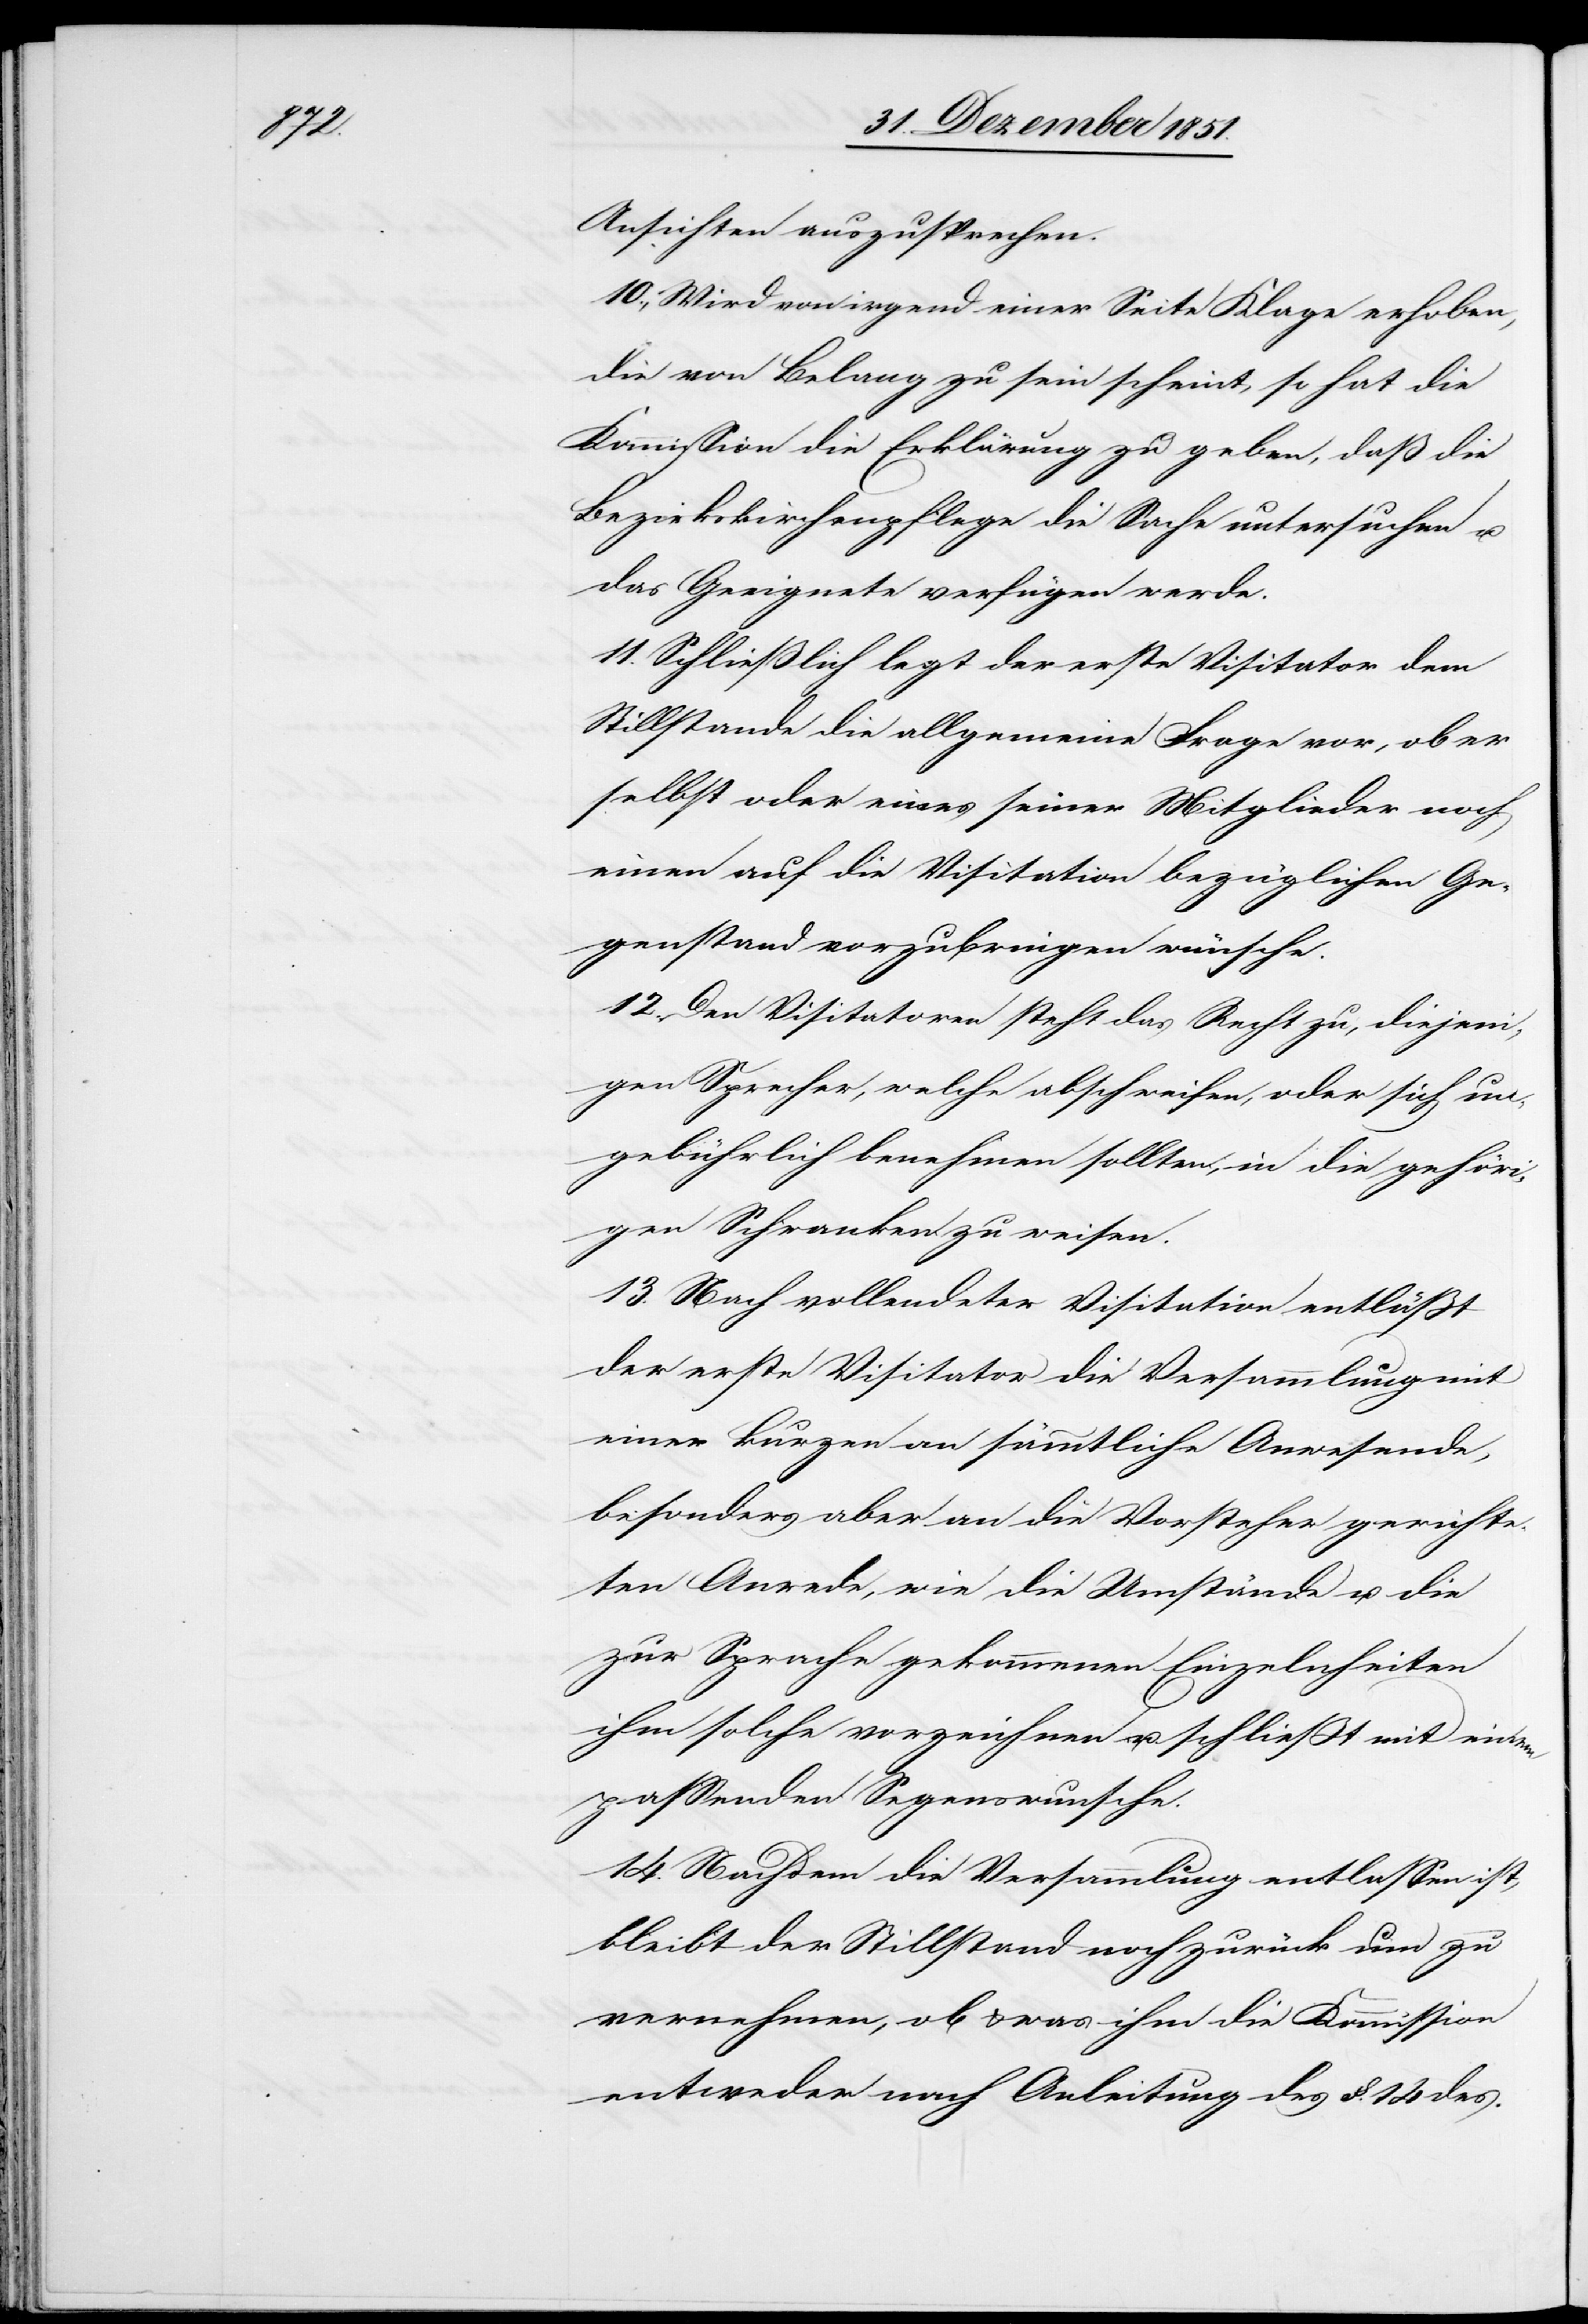
Ansichten auszusprechen.
10., Wird von irgend einer Seite Klage erhoben,
die von Belang zu sein scheint, so hat die
Kommission die Erklärung zu geben, daß die
Bezirkskirchenpflege die Sache untersuchen u.
das Geeignete verfügen werde.
11. Schließlich legt der erste Visitator dem
Stillstande die allgemeine Frage vor, ob er
selbst oder eines seiner Mitglieder noch
einen auf die Visitation bezüglichen Ge¬
genstand vorzubringen wünsche.
12. Den Visitatoren steht das Recht zu, diejeni¬
gen Sprecher, welche abschweifen, oder sich un¬
gebührlich benehmen sollten, in die gehöri¬
gen Schranken zu weisen.
13. Nach vollendeter Visitation entläßt
der erste Visitator die Versammlung mit
einer kurzen an sämmtliche Anwesende,
besonders aber an die Vorsteher gerichte¬
ten Anrede, wie die Umstände u. die
zur Sprache gekommenen Einzelnheiten
ihm solche vorzeichnen u. schließt mit einem
passenden Segenswunsche.
14. Nachdem die Versammlung entlassen ist,
bleibt der Stillstand noch zurück um zu
vernehmen, ob & was ihm die Kommission
entweder nach Anleitung des §. 14 des